Jaan_Tonisson_(Lasteleht), lk 147
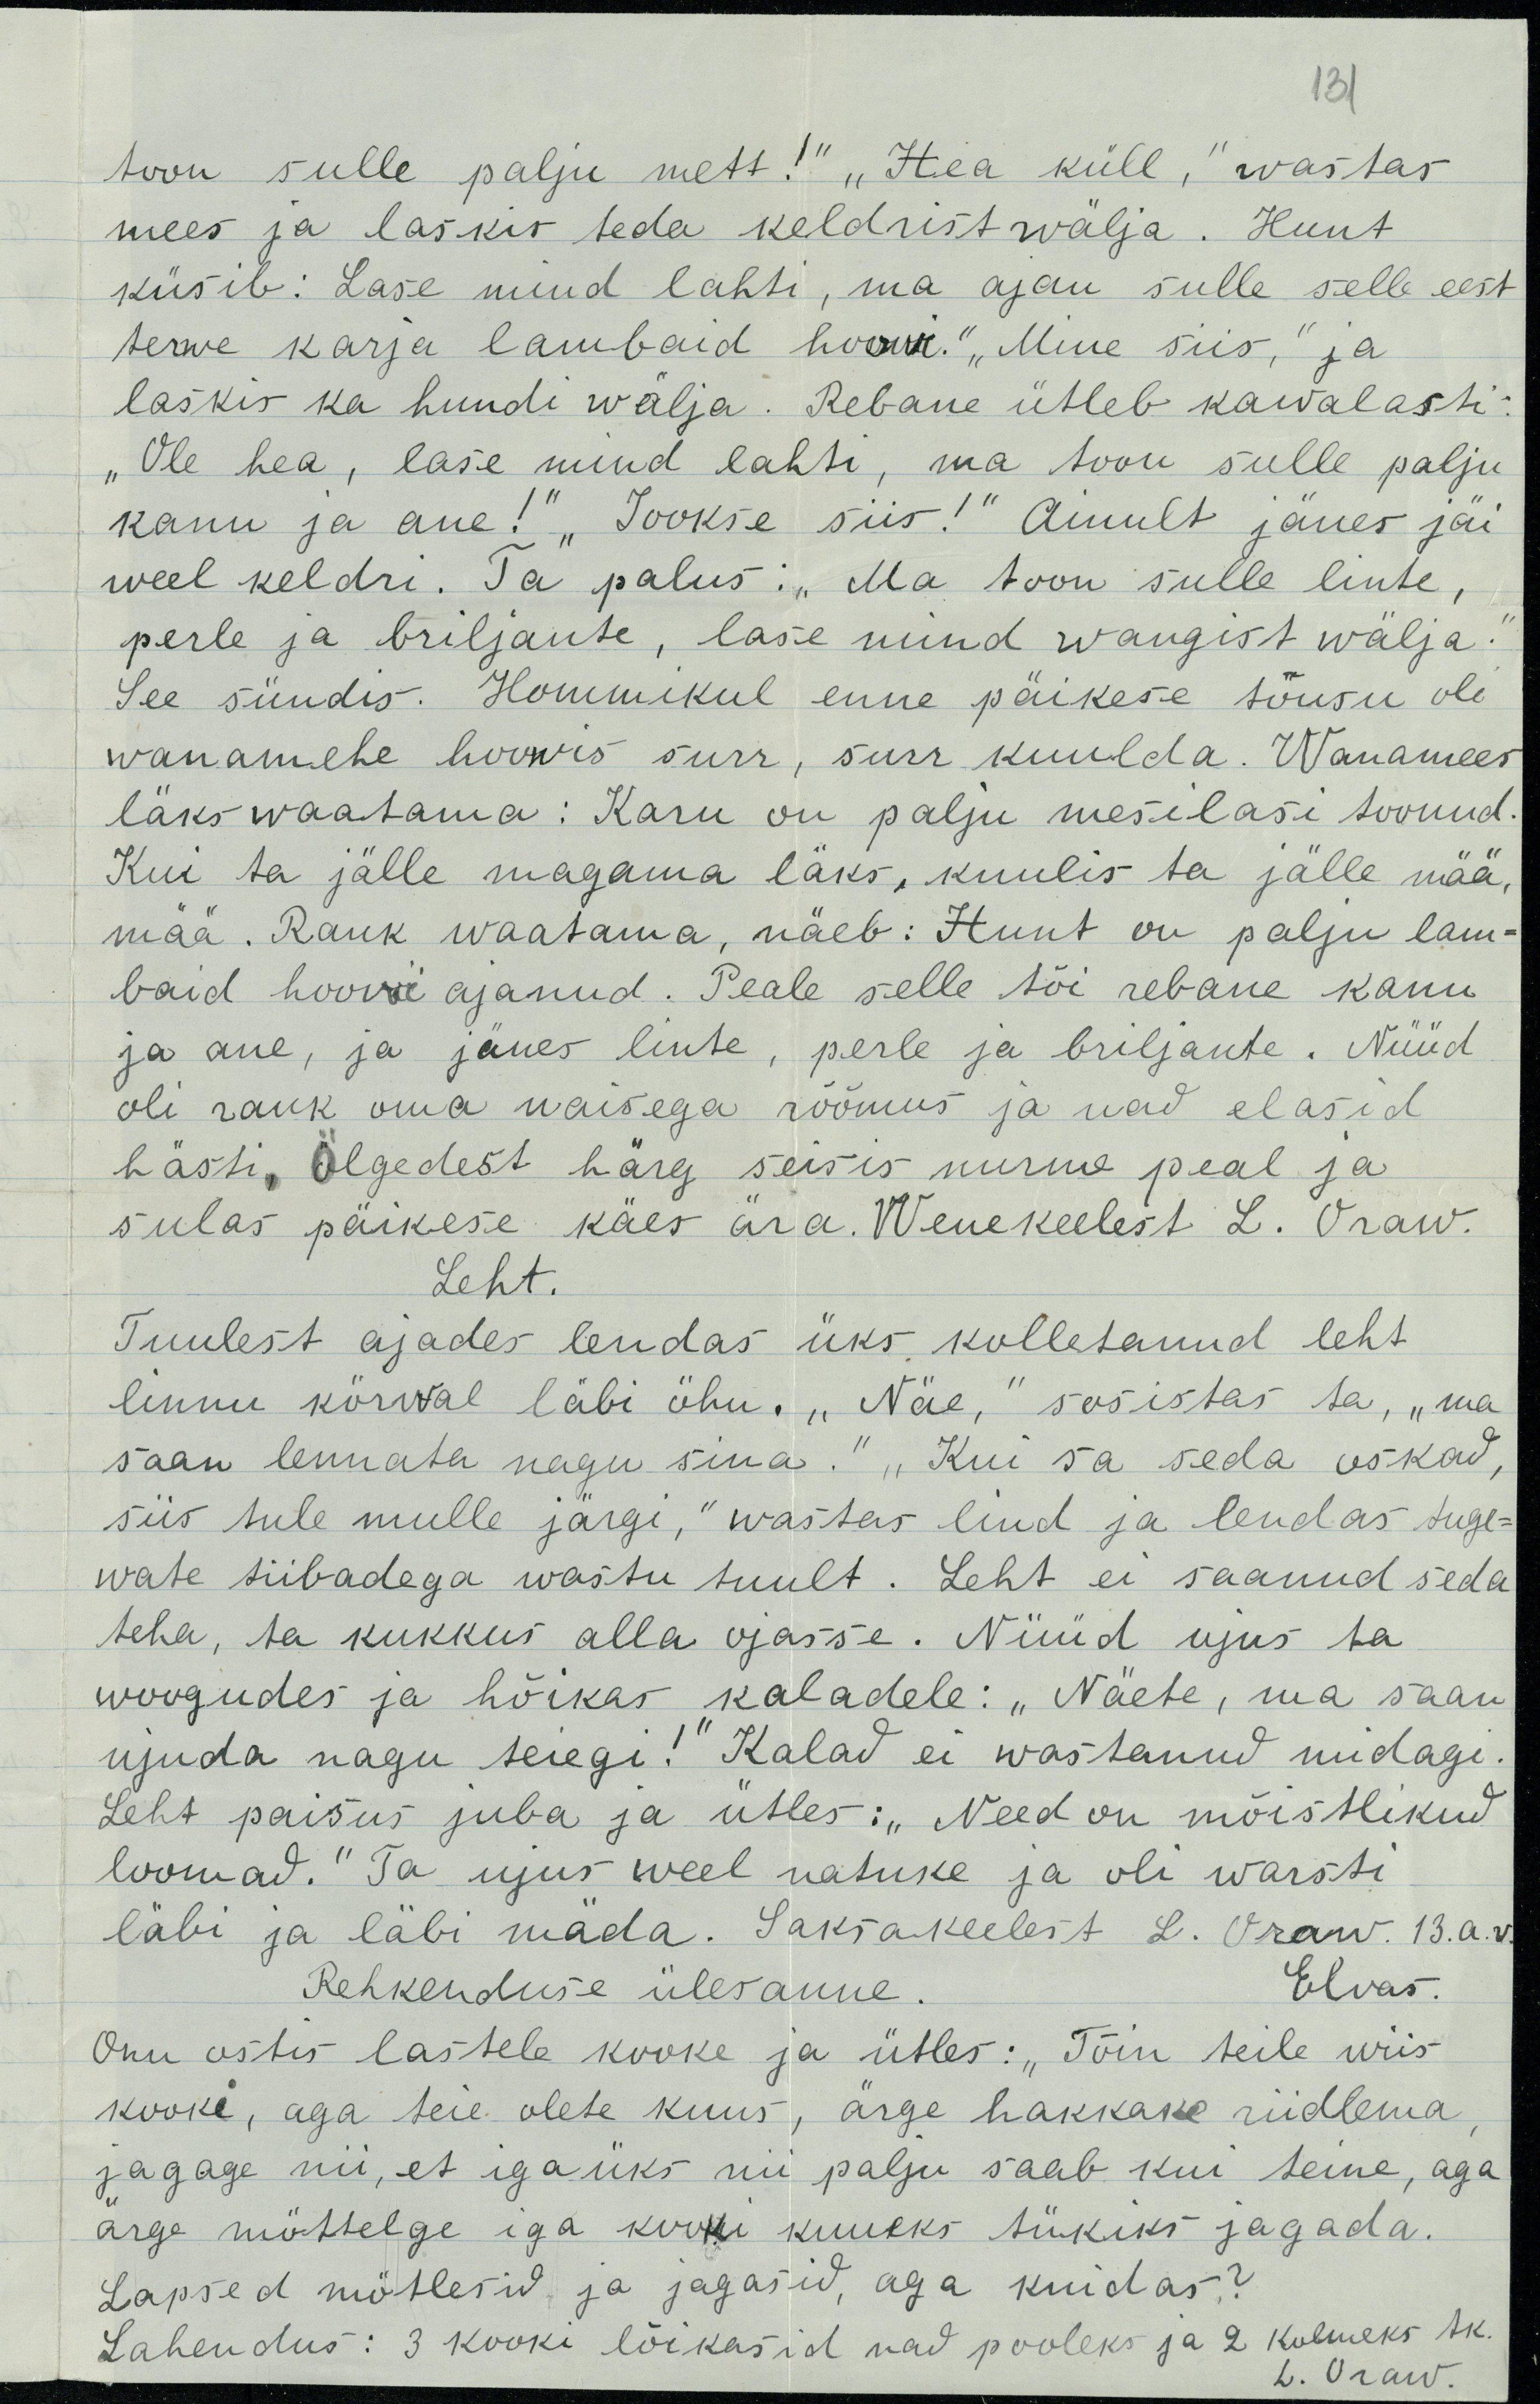
131
toon sulle palju mett!“ „Hea küll,“ wastas
mees ja laskis teda keldrist wälja. Hunt
küsib: Lase mind lahti, ma ajan sulle selle eest
terwe karja lambaid hoowi.“ „Mine siis,“ ja
laskis ka hundi wälja. Rebane ütleb kawalasti:
„Ole hea, lase mind lahti, ma toon sulle palju
kanu ja ane!“ „Jookse siis!“ Ainult jänes jäi
weel keldri. Ta palus: „Ma toon sulle linte,
perle ja briljante, lase mind wangist wälja.“
See sündis. Hommikul enne päikese tõusu oli
wanamehe hoowis surr, surr kuulda. Wanamees
läks waatama: Karu on palju mesilasi toonud.
Kui ta jälle magama läks, kuulis ta jälle mää,
mää. Rauk waatama, näeb: Hunt on palju lam-
baid baid hoowi ajanud. Peale selle tõi rebane kanu
ja ane, ja jänes linte, perle ja briljante. Nüüd
oli rauk oma naisega rõõmus ja nad elasid
hästi. Ölgedest härg seisis nurme peal ja
sulas päikese käes ära. Wenekeelest L. Oraw.
Leht.
Tuulest ajades lendas üks kolletanud leht
linnu körwal läbi öhu. „Näe,“ sosistas ta, „ma
saan lennata nagu sina.“ „Kui sa seda oskad,
siis tule mulle järgi,“ wastas lind ja lendas tuge-
wate tiibadega wastu tuult. Leht ei saanud seda
teha, ta kukkus alla ojasse. Nüüd ujus ta
woogudes ja hõikas kaladele: „Näete, ma saan
ujuda nagu teiegi!“ Kalad ei wastanud midagi.
Leht paisus juba ja ütles: „Need on mõistlikud
loomad.“ Ta ujus weel natuke ja oli warsti
läbi ja läbi mäda. Saksakeelest L. Oraw. 13.a.v.
Elvas.
Rehkenduse ülesanne.
Onu ostis lastele kooke ja ütles: „Tõin teile wiis
kooki, aga teie olete kuus, ärge hakkake riidlema,
jagage nii, et igaüks nii palju saab kui teine, aga
ärge möttelge iga kooki kuueks tükiks jagada.
Lapsed mötlesid ja jagasid, aga kuidas?
Lahendus: 3 kooki lõikasid nad pooleks ja 2 kolmeks tk.
L. Oraw.